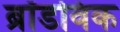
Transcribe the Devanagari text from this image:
ब्रॉडविक